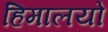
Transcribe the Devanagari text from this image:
हिमालयो